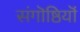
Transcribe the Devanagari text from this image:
संगॊष्ठियॊं